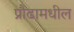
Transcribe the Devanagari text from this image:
प्रौढामधील